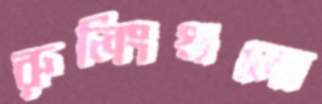
রুলিংগুলো